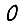
Digit: 0